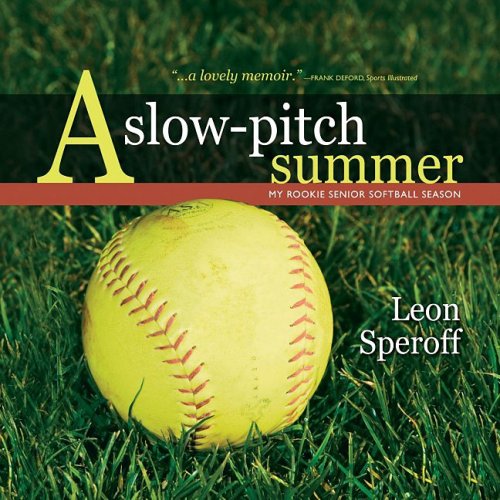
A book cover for A Slow-pitch Summer, My Rookie Senior Softball Season; Leon Speroff; Sports & Outdoors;